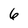
Character: 6